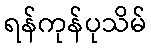
ရန်ကုန်ပုသိမ်